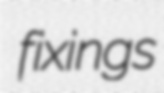
fixings